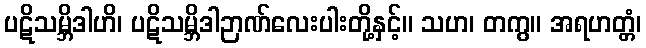
ပဋိသမ္ဘိဒါဟိ၊ ပဋိသမ္ဘိဒါဉာဏ်လေးပါးတို့နှင့်။ သဟ၊ တကွ။ အရဟတ္တံ၊